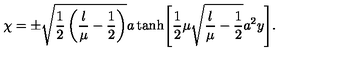
\chi = \pm \sqrt { \frac { 1 } { 2 } \left( \frac { \l } { \mu } - \frac { 1 } { 2 } \right) } a \tanh \Biggl [ \frac { 1 } { 2 } \mu \sqrt { \frac { \l } { \mu } - \frac { 1 } { 2 } } a ^ { 2 } y \Biggr ] .